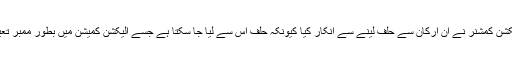
سیکرٹری الیکشن کمیشن نے اپنے جواب میں مزید کہا کہ چیف الیکشن کمشنر نے ان ارکان سے حلف لینے سے انکار کیا کیونکہ حلف اس سے لیا جا سکتا ہے جسے الیکشن کمیشن میں بطور ممبر تعینات کرنے کے حوالے سے قانونی تقاضے پورے کیے گئے ہوں۔